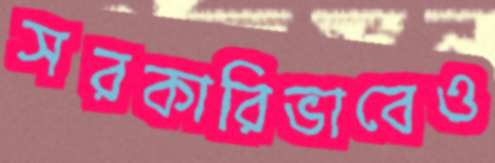
সরকারিভাবেও